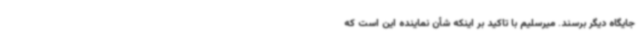
جایگاه دیگر برسند. میرسلیم با تاکید بر اینکه شأن نماینده این است که